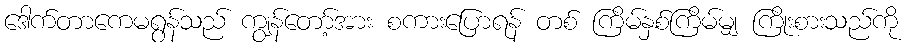
ဒေါက်တာကေမရွန်သည် ကျွန်တော့်အား စကားပြောရန် တစ် ကြိမ်နှစ်ကြိမ်မျှ ကြိုးစားသည်ကို